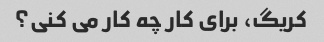
کریگ، برای کار چه کار می کنی؟